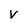
Character: v